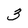
Character: 3